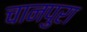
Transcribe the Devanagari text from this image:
चानपुरा